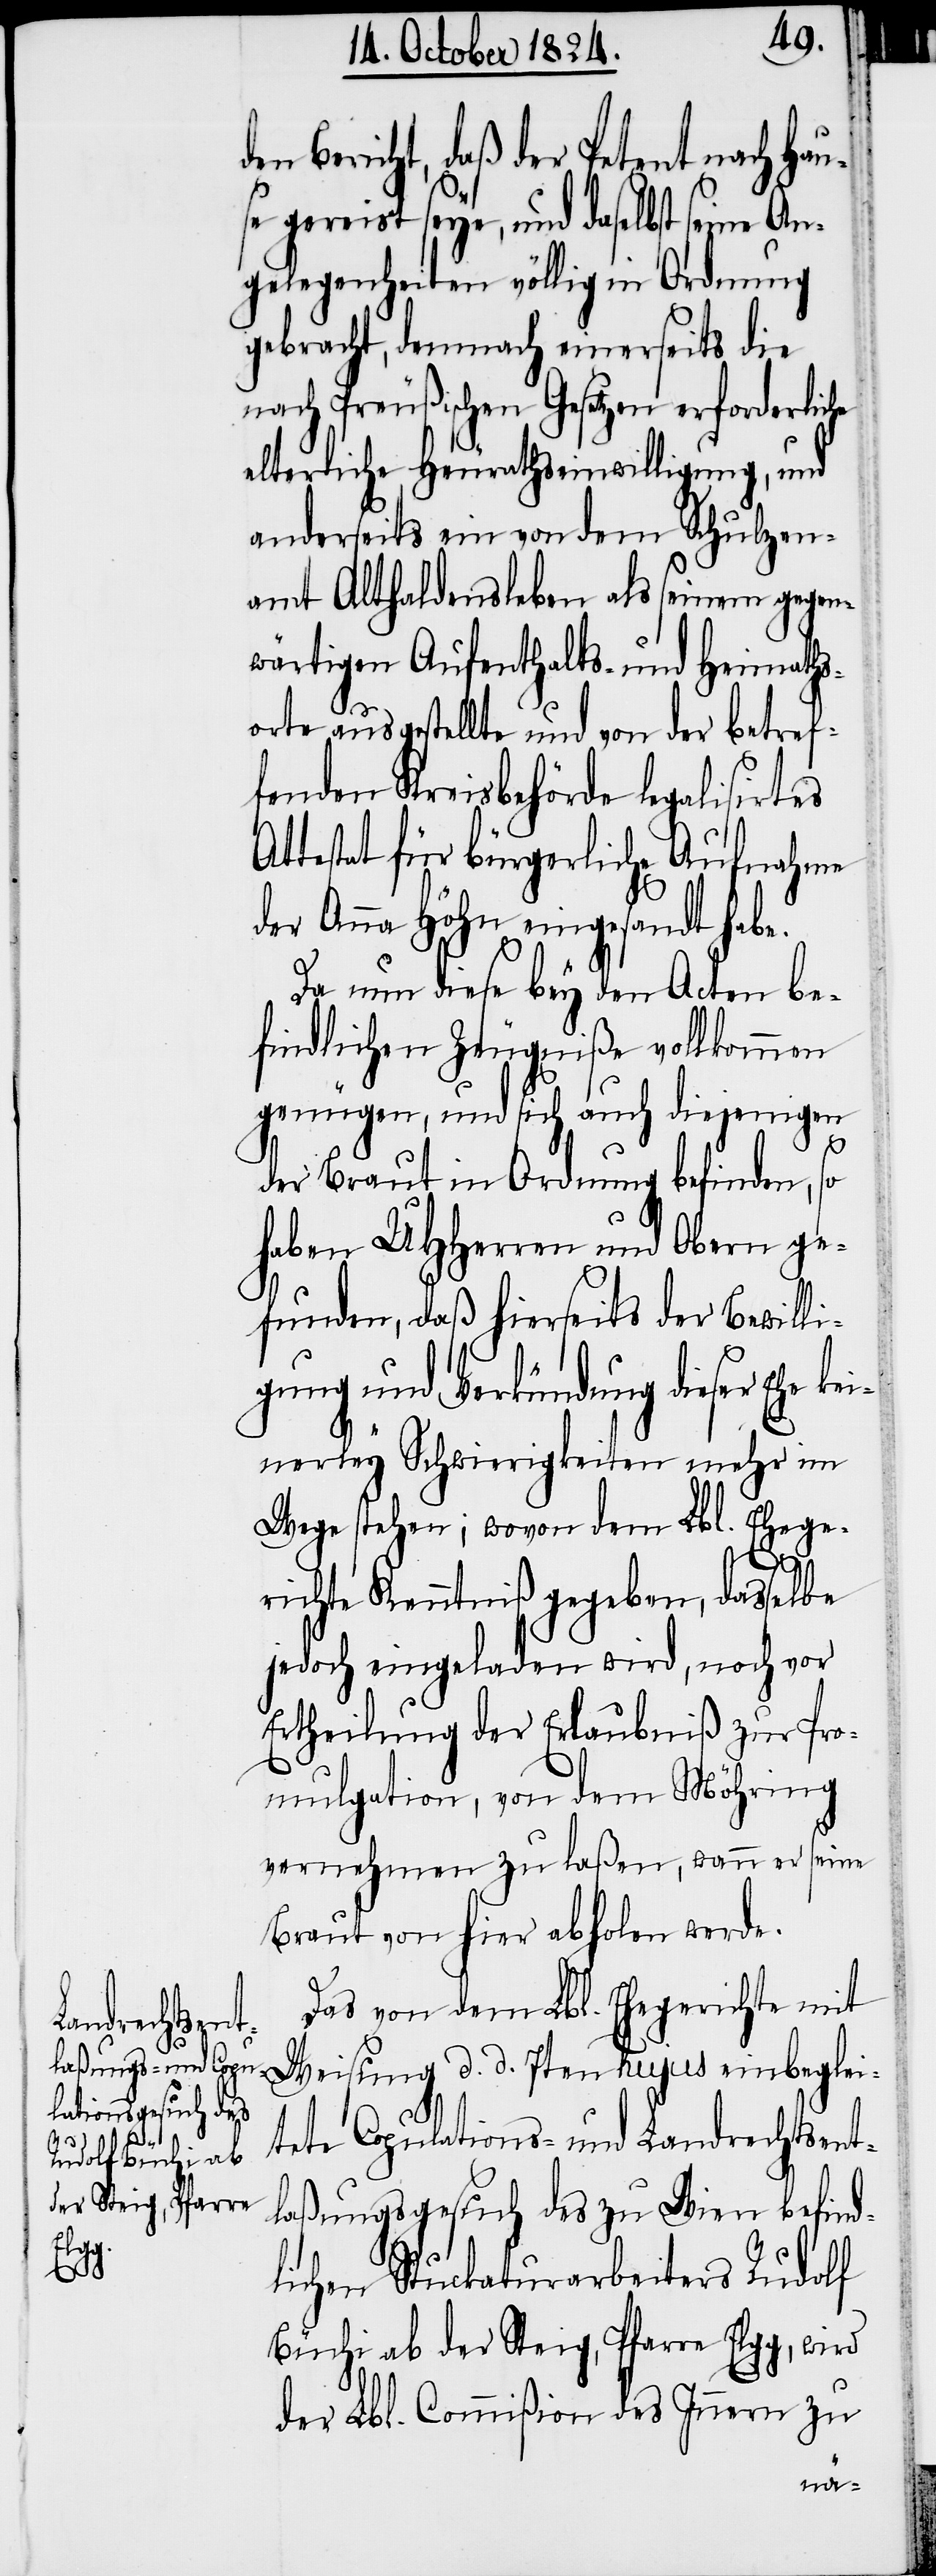
A¬
he

en Bericht, daß der Petent nach Hau¬
se gereist seye, und daselbst seine
gelegenheiten völlig in Ordnung
gebracht, demnach einerseits die
nach Preußischen Gesetzen erforderlic¬
elterliche Heurathseinwilligung, und
anderseits ein von dem Schulzen¬
amt Althaldensleben als seinem gegen¬
wärtigen Aufenthalts- und Heimaths¬
orte ausgestellte und von der betref¬
fenden Kreisbehörde legalisirtes
ttestat für bürgerliche Aufnahme
der Anna Höhn eingesandt habe.
Da nun diese bey den Acten be¬
findlichen Zeugniße vollkommen
genügen, und sich auch diejenigen
der Braut in Ordnung befinden, so
haben UHHerren und Obern ge¬
funden, daß hierseits der Bewilli¬
gung und Verkündung dieser Ehe ke¬
inerley Schwierigkeiten mehr im
Wege stehen; wovon dem Lbl. Ehege¬
richte Kenntniß gegeben, dasselbe
jedoch eingeladen wird, noch vor
Ertheilung der Erlaubniß zur Pro¬
mulgation, von dem Möhring
vernehmen zu laßen, wann er seine
Braut von hier abholen werde.
Das von dem Lbl. Ehegerichte mit
Weisung d. d. 7ten hujus einbeglei¬
tete Copulations- und Landrechtsent¬
laßungsgesuch des zu Wien befind¬
lichen Stuckaturarbeiters Rudolf
Büchi ab der Steig, Pfarre Elgg, wird
der Lbl. Commißion des Innern zu
d¬